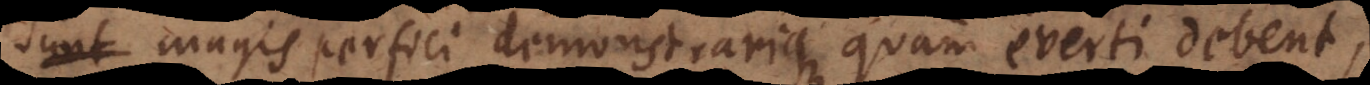
uae magis perfici demonstrarique quam everti debent,